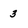
Character: 3